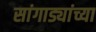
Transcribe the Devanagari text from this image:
सांगाड्यांच्या